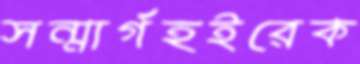
সন্মার্গহইরেক